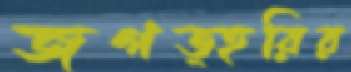
জগত্হরির